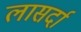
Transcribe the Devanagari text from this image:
लासर्दा